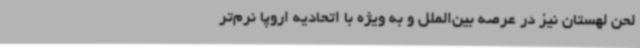
لحن لهستان نیز در عرصه بین‌الملل و به ویژه با اتحادیه اروپا نرم‌تر